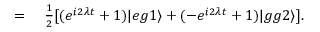
\begin{array} { r l } { = } & { { } ~ \frac { 1 } { 2 } [ ( e ^ { i 2 \lambda t } + 1 ) | e g 1 \rangle + ( - e ^ { i 2 \lambda t } + 1 ) | g g 2 \rangle ] . } \end{array}